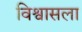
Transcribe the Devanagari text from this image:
विश्वासला